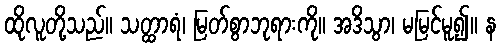
ထိုလူတို့သည်။ သတ္ထာရံ၊ မြတ်စွာဘုရားကို။ အဒိသွာ၊ မမြင်မူ၍။ န